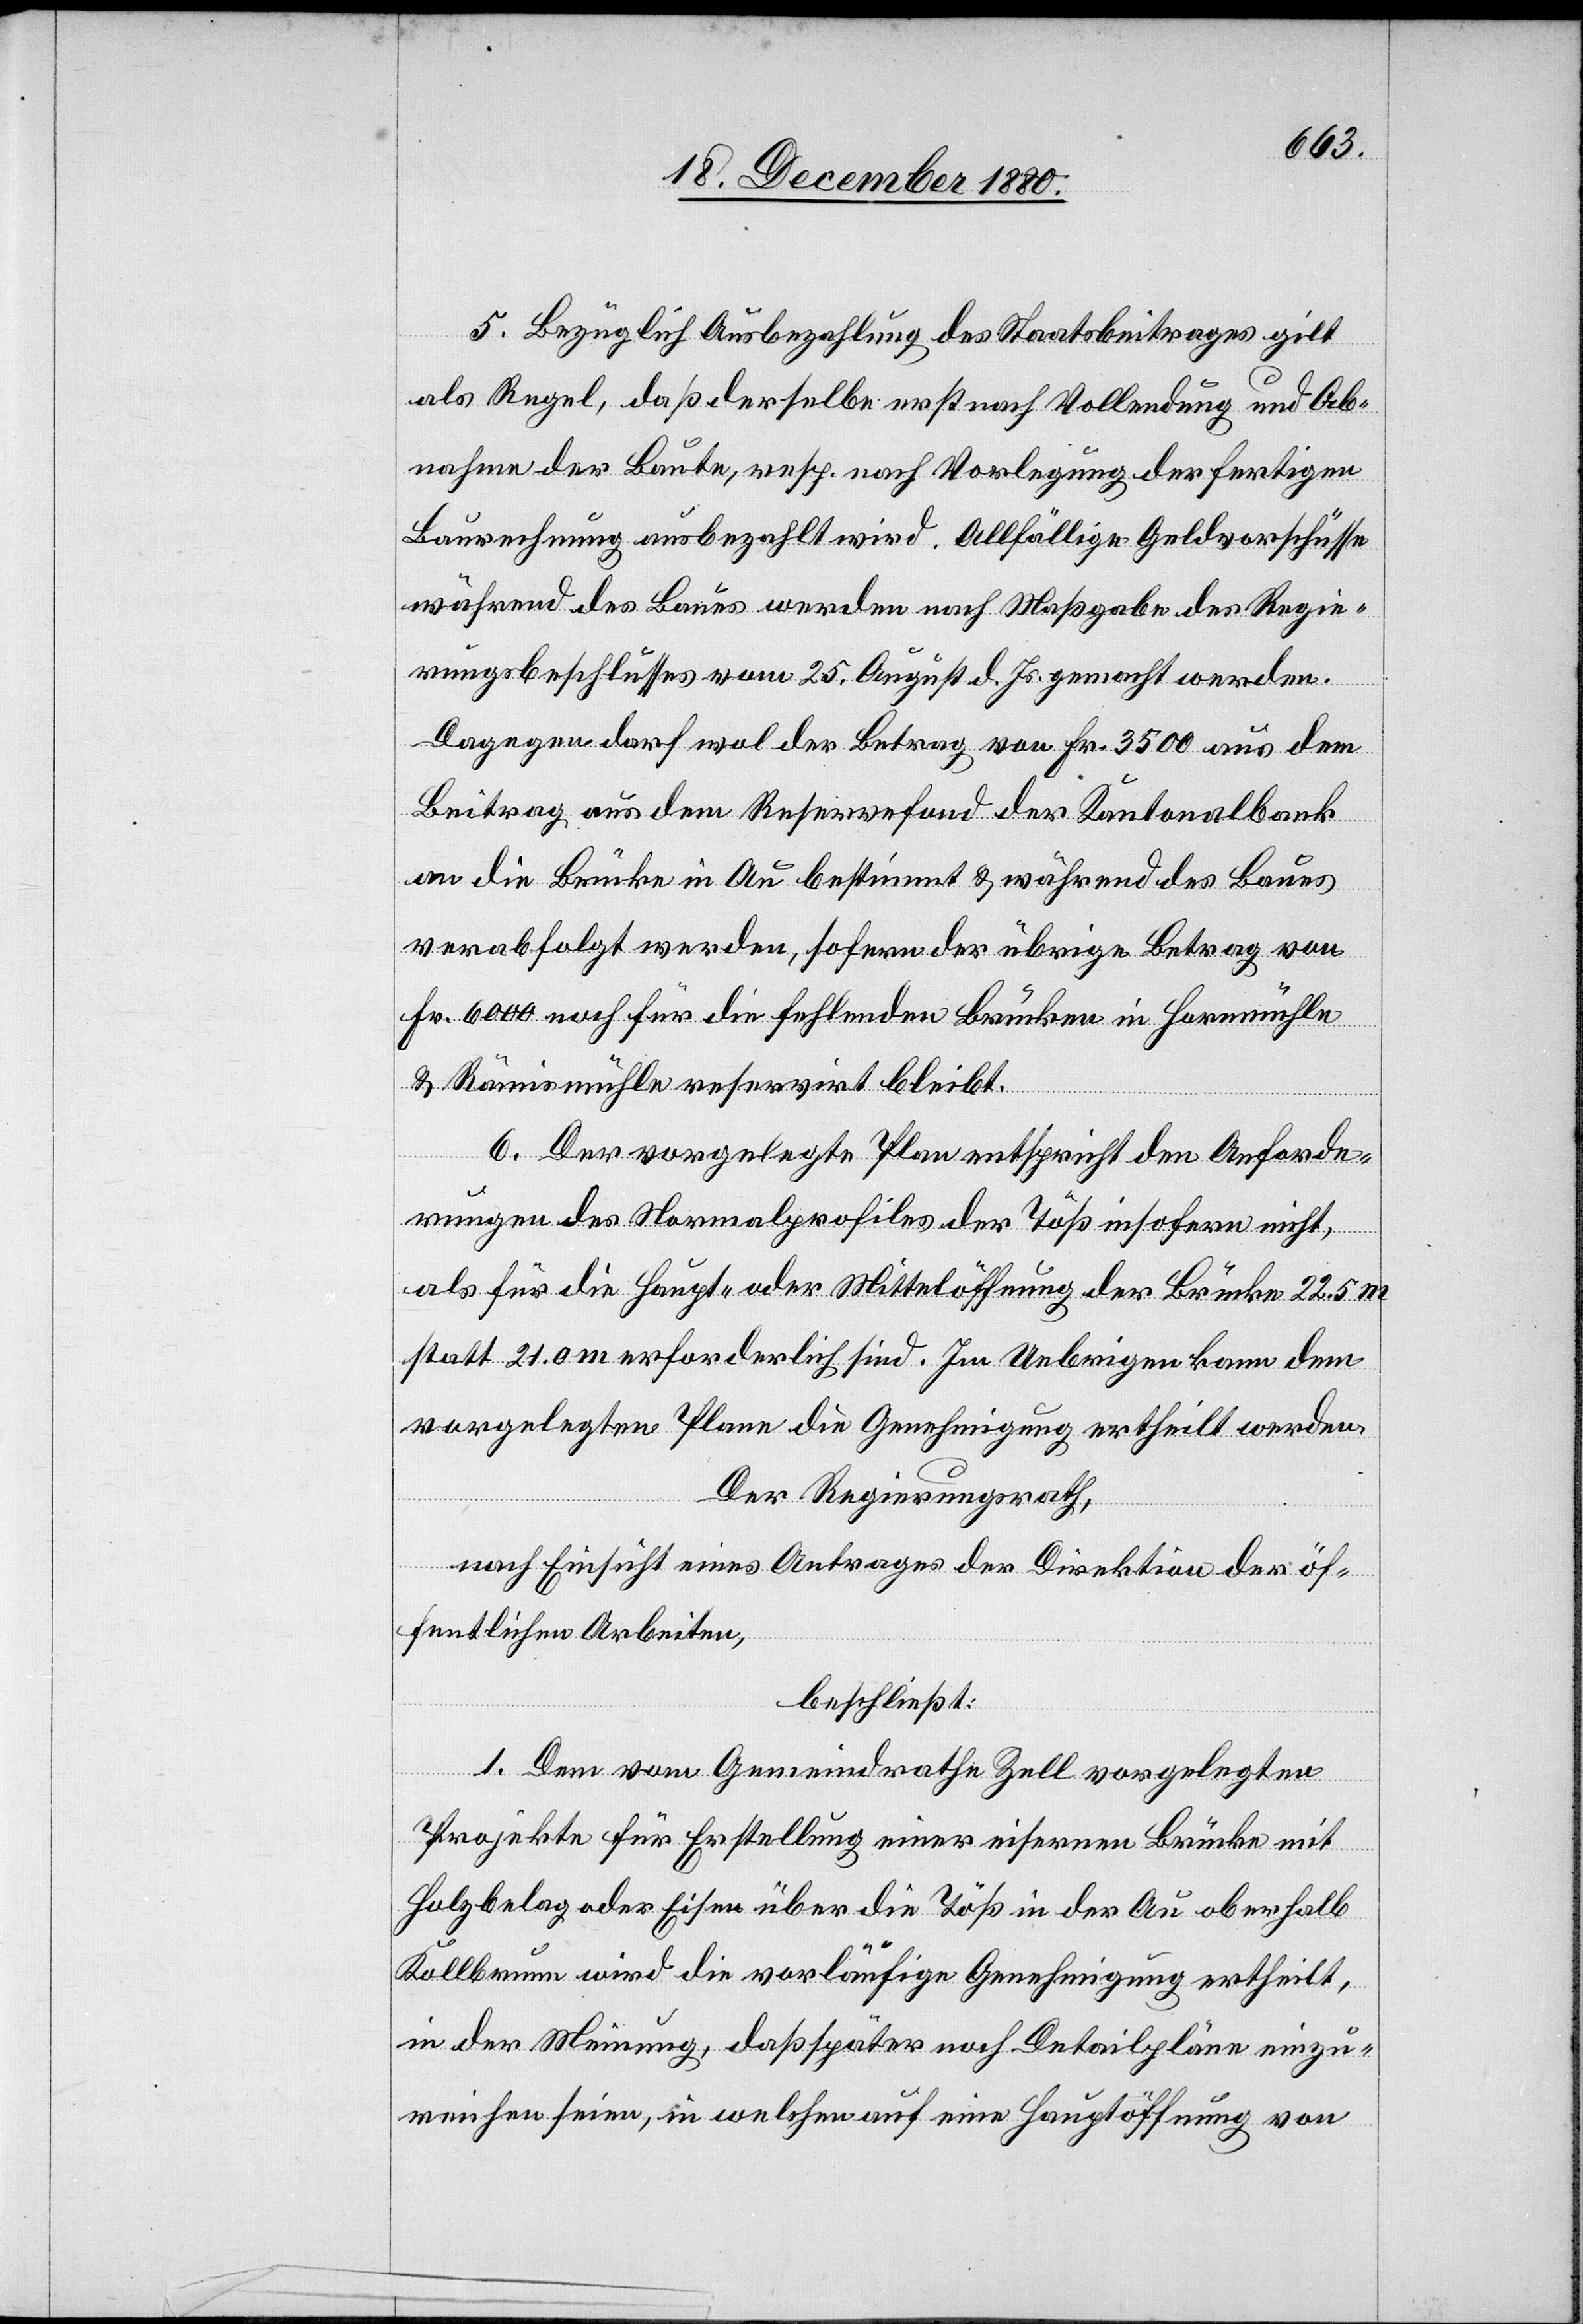
5. Bezüglich Ausbezahlung des Staatsbeitrages gilt
als Regel, daß derselbe erst nach Vollendung und Ab¬
nahme der Baute, resp. erst nach Vorlegung der fertigen
Baurechnung ausbezahlt wird. Allfällige Geldvorschüsse
während des Baues werden nach Maßgabe des Regie¬
rungsbeschlusses vom 25. August d. Js. gemacht werden.
Dagegen darf wol der Betrag von Fr. 3500 aus dem
Beitrag aus dem Reservefond der Kantonalbank
an die Brücke in Au bestimmt & während des Baues
verabfolgt werden, sofern der übrige Betrag von
Fr. 6000 noch für die fehlenden Brücken in Hornmühle
& Rämismühle reservirt bleibt.
6. Der vorgelegte Plan entspricht den Anforde¬
rungen des Normalprofiles der Töß insofern nicht,
als für die Haupt- oder Mittelöffnung der Brücke 22.5 m
statt 21.0 m erforderlich sind. Im Uebrigen kann dem
vorgelegten Plane die Genehmigung ertheilt werden.
Der Regierungsrath,
nach Einsicht eines Antrages der Direktion der öf¬
fentlichen Arbeiten,
beschließt:
1. Dem vom Gemeindrathe Zell vorgelegten
Projekte für Erstellung einer eisernen Brücke mit
Holzbelag oder Eisen über die Töß in der Au oberhalb
Kollbrunn wird die vorläufige Genehmigung ertheilt,
in der Meinung, daß später noch Detailpläne einzu¬
reichen seien, in welchen auf eine Hauptöffnung von